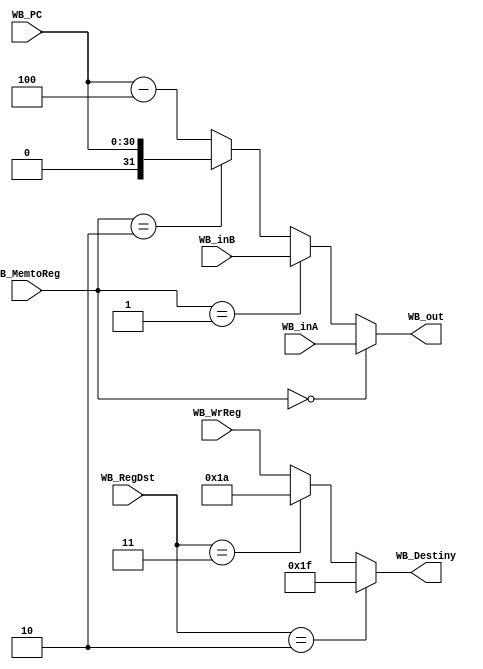
module pipeline_WB(WB_RegDst,WB_MemtoReg,WB_out,WB_inA,WB_inB,WB_PC,WB_WrReg,WB_Destiny);
input [1:0]WB_RegDst,WB_MemtoReg;
input [4:0]WB_WrReg;
input [31:0]WB_inA,WB_inB;
input [30:0] WB_PC;
output [31:0]WB_out;
output [4:0]WB_Destiny;

assign WB_out = (WB_MemtoReg==0) ? WB_inA: //from ALU
              (WB_MemtoReg==1) ? WB_inB: // from Memory
              (WB_MemtoReg==2) ? {1'b0, WB_PC}:
              ({1'b0, WB_PC} - 4);
assign WB_Destiny = (WB_RegDst==2) ? 31://ID
                  (WB_RegDst==3) ? 26: WB_WrReg;
endmodule